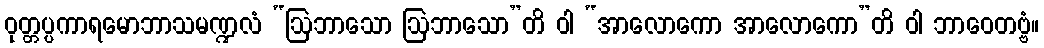
ဝုတ္တပ္ပကာရမောဘာသမဏ္ဍလံ “ဩဘာသော ဩဘာသော”တိ ဝါ “အာလောကော အာလောကော”တိ ဝါ ဘာဝေတဗ္ဗံ။